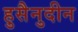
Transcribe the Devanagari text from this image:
हुसैनुदीन